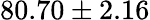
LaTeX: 80.70\pm 2.16